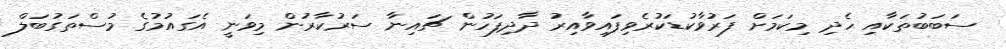
ސަބަބުތަކާއި ހެދި މިކަމަށް ފަރުވާކުޑަކުރެވިފައިވާއިރު ދާދިފަހުން ޗައިނާ ސަރުކާރުން މިވަނީ އެގައުމުގެ މުސްތަގުބަލް